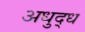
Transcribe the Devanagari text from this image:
अधुद्ध